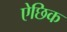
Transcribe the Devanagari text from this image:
ऐछिक